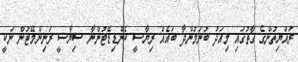
ރައްޔިތުންގެ ގާތުގައި މިއަދު ބުނަމުންދާ ބައެއް ރިޔާސީ ކެންޑިޑޭޓުންނާ ސިޔާސީ ރަނިންމޭޓުން ނަކީ